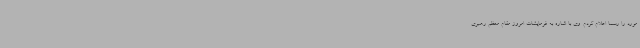
مورد را رسما اعلام کردم. وی با اشاره به فرمایشات امروز مقام معظم رهبری